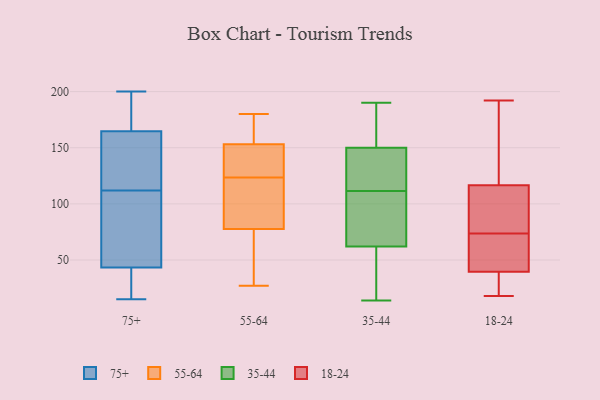
{"axis": {"x": "Latency (ms)", "y": "Value"}, "legend": ["18-24", "35-44", "55-64", "75+"], "data": [{"x": "", "y": 112, "type": "75+"}, {"x": "", "y": 71, "type": "75+"}, {"x": "", "y": 15, "type": "75+"}, {"x": "", "y": 190, "type": "75+"}, {"x": "", "y": 191, "type": "75+"}, {"x": "", "y": 84, "type": "75+"}, {"x": "", "y": 50, "type": "75+"}, {"x": "", "y": 71, "type": "75+"}, {"x": "", "y": 27, "type": "75+"}, {"x": "", "y": 186, "type": "75+"}, {"x": "", "y": 22, "type": "75+"}, {"x": "", "y": 200, "type": "75+"}, {"x": "", "y": 34, "type": "75+"}, {"x": "", "y": 141, "type": "75+"}, {"x": "", "y": 146, "type": "75+"}, {"x": "", "y": 171, "type": "75+"}, {"x": "", "y": 41, "type": "75+"}, {"x": "", "y": 135, "type": "75+"}, {"x": "", "y": 114, "type": "75+"}, {"x": "", "y": 167, "type": "55-64"}, {"x": "", "y": 27, "type": "55-64"}, {"x": "", "y": 96, "type": "55-64"}, {"x": "", "y": 180, "type": "55-64"}, {"x": "", "y": 59, "type": "55-64"}, {"x": "", "y": 146, "type": "55-64"}, {"x": "", "y": 111, "type": "55-64"}, {"x": "", "y": 124, "type": "55-64"}, {"x": "", "y": 41, "type": "55-64"}, {"x": "", "y": 130, "type": "55-64"}, {"x": "", "y": 160, "type": "55-64"}, {"x": "", "y": 123, "type": "55-64"}, {"x": "", "y": 61, "type": "35-44"}, {"x": "", "y": 164, "type": "35-44"}, {"x": "", "y": 133, "type": "35-44"}, {"x": "", "y": 190, "type": "35-44"}, {"x": "", "y": 78, "type": "35-44"}, {"x": "", "y": 90, "type": "35-44"}, {"x": "", "y": 56, "type": "35-44"}, {"x": "", "y": 63, "type": "35-44"}, {"x": "", "y": 14, "type": "35-44"}, {"x": "", "y": 141, "type": "35-44"}, {"x": "", "y": 159, "type": "35-44"}, {"x": "", "y": 136, "type": "35-44"}, {"x": "", "y": 18, "type": "18-24"}, {"x": "", "y": 68, "type": "18-24"}, {"x": "", "y": 108, "type": "18-24"}, {"x": "", "y": 20, "type": "18-24"}, {"x": "", "y": 79, "type": "18-24"}, {"x": "", "y": 53, "type": "18-24"}, {"x": "", "y": 113, "type": "18-24"}, {"x": "", "y": 52, "type": "18-24"}, {"x": "", "y": 27, "type": "18-24"}, {"x": "", "y": 164, "type": "18-24"}, {"x": "", "y": 120, "type": "18-24"}, {"x": "", "y": 192, "type": "18-24"}]}